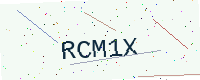
Text: RCM1X